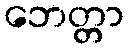
ဘေတ္တာ